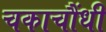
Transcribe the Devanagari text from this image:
चकाचौंधी